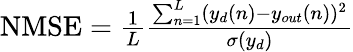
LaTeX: \begin{array}{r}{\mathrm{NMSE}=\frac{1}{L}\frac{\sum_{n=1}^{L}(y_{d}(n)-y_{out}(n))^{2}}{\sigma(y_{d})}}\end{array}